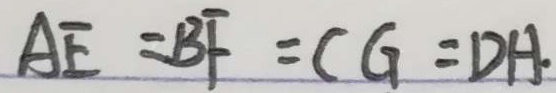
A E = B F = C G = D H .